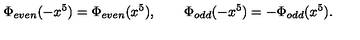
\Phi _ { e v e n } ( - x ^ { 5 } ) = \Phi _ { e v e n } ( x ^ { 5 } ) , \qquad \Phi _ { o d d } ( - x ^ { 5 } ) = - \Phi _ { o d d } ( x ^ { 5 } ) .